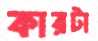
কারটা